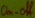
Text: On-off